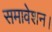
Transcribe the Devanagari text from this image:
समावेशन।